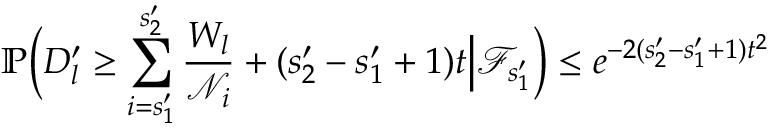
\mathbb { P } \Big ( D _ { l } ^ { \prime } \geq \sum _ { i = s _ { 1 } ^ { \prime } } ^ { s _ { 2 } ^ { \prime } } \frac { W _ { l } } { \mathscr { N } _ { i } } + ( s _ { 2 } ^ { \prime } - s _ { 1 } ^ { \prime } + 1 ) t \Big | \mathcal { F } _ { s _ { 1 } ^ { \prime } } \Big ) \leq e ^ { - 2 ( s _ { 2 } ^ { \prime } - s _ { 1 } ^ { \prime } + 1 ) t ^ { 2 } }